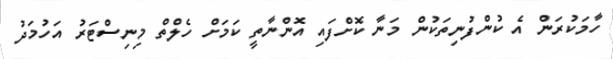
ހާމަކުރަން އެ ކުންފުނިތަކުން މަނާ ކޮށްފައި އޮންނާތީ ކަމަށް ހެލްތް މިނިސްޓަރު އަހުމަދު